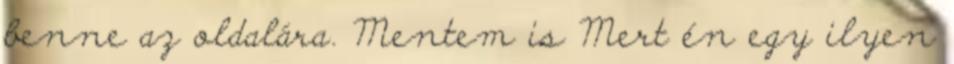
benne az oldalára. Mentem is Mert én egy ilyen